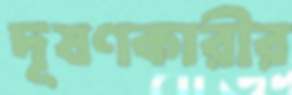
দূষণকারীর